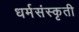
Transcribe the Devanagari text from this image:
धर्मसंस्कृती